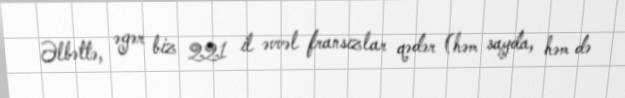
Əlbəttə, əgər biz 221 il əvvəl fransızlar qədər (həm sayda, həm də